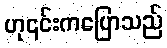
ဟု၎င်းကပြောသည်